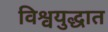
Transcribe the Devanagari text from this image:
विश्वयुद्धात